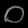
Digit: ၀